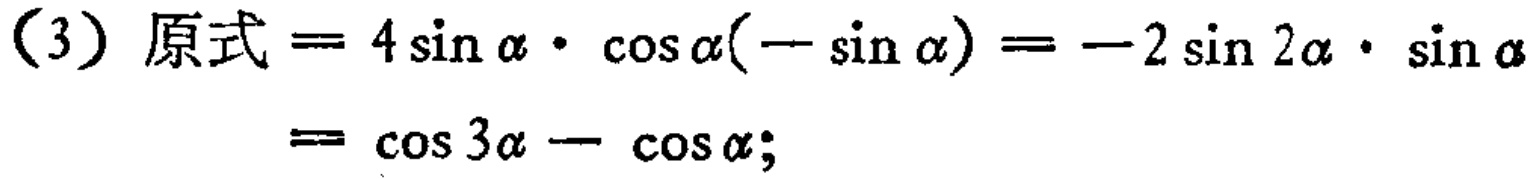
(3) 原式 \( = 4\sin\alpha\cdot\cos\alpha(-\sin\alpha)=-2\sin2\alpha\cdot\sin\alpha=\cos3\alpha - \cos\alpha;\)